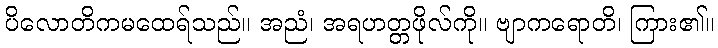
ပိလောတိကမထေရ်သည်။ အညံ၊ အရဟတ္တဖိုလ်ကို။ ဗျာကရောတိ၊ ကြား၏။